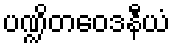
ပဏ္ဍိတဝေဒနီယံ